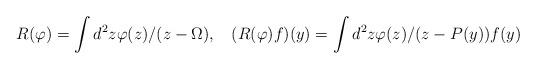
LaTeX: \begin{align*}& R(\varphi)= \int d^2 z \varphi(z)/(z-\Omega),&& ( R(\varphi)f)(y)= \int d^2 z \varphi(z)/(z-P(y))f(y)\end{align*}